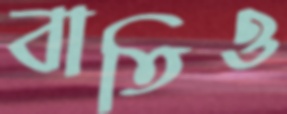
বাতিও